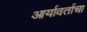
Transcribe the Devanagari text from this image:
आर्यावर्ताचा